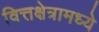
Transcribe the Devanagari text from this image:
वित्तक्षेत्रामध्ये